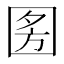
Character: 𭍣